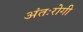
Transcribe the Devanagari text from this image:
अंतःरोगी